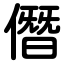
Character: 僭